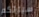
سيارتكم